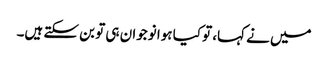
میں نے کہا، تو کیا ہوا نوجوان ہی تو بن سکتے ہیں۔